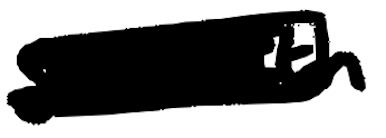
Text: seventh
Cross-out: scratch
Writing tool: digital_black